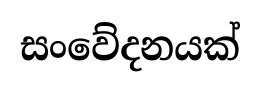
සංවේදනයක්